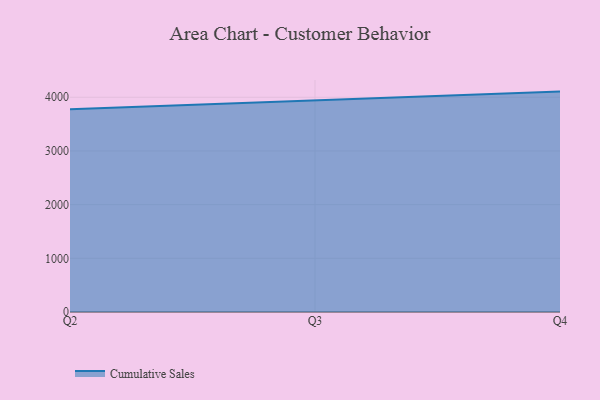
{"axis": {"x": "Quarter", "y": "Tickets Resolved"}, "legend": ["Cumulative Sales"], "data": [{"x": "Q2", "y": 3775.7, "type": "Cumulative Sales"}, {"x": "Q3", "y": 3942.1, "type": "Cumulative Sales"}, {"x": "Q4", "y": 4105.4, "type": "Cumulative Sales"}]}